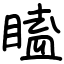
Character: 瞌